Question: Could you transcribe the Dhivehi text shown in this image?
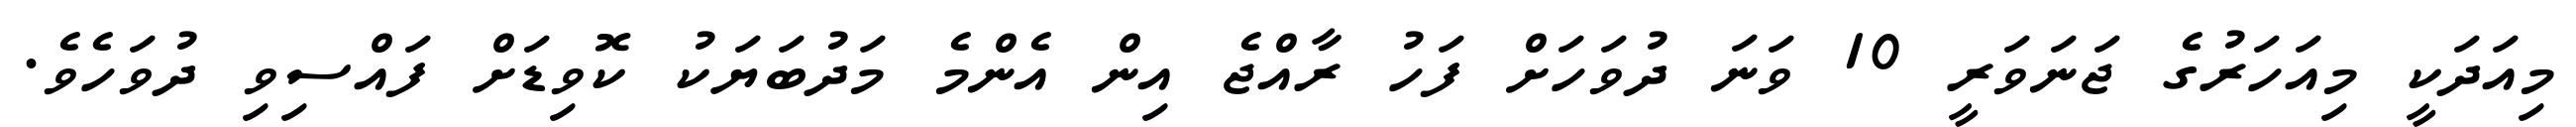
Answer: މިއަދަކީ މިއަހަރުގެ ޖަނަވަރީ 10 ވަނަ ދުވަހަށް ފަހު ރާއްޖެ އިން އެންމެ މަދުބަޔަކު ކޮވިޑަށް ފައްސިވި ދުވަހެވެ.